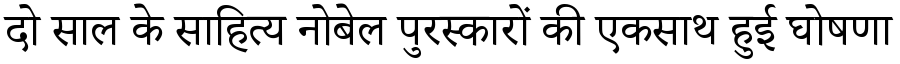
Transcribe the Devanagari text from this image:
दो साल के साहित्य नोबेल पुरस्कारों की एकसाथ हुई घोषणा